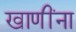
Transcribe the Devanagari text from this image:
खाणींना